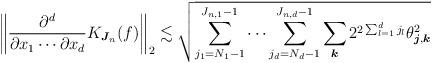
LaTeX: \begin{align*}\left\|\frac{\partial^d}{\partial x_1\cdots\partial x_d}K_{\boldsymbol{J}_n}(f)\right\|_2\lesssim\sqrt{\sum_{j_1=N_1-1}^{J_{n,1}-1}\cdots\sum_{j_d=N_d-1}^{J_{n,d}-1}\sum_{\boldsymbol{k}}2^{2\sum_{l=1}^dj_l}\theta_{\boldsymbol{j},\boldsymbol{k}}^2}\end{align*}